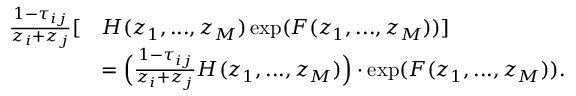
\begin{array} { r l } { \frac { 1 - \tau _ { i j } } { z _ { i } + z _ { j } } [ } & { H ( z _ { 1 } , . . . , z _ { M } ) \exp ( F ( z _ { 1 } , . . . , z _ { M } ) ) ] } \\ & { = \Big ( \frac { 1 - \tau _ { i j } } { z _ { i } + z _ { j } } H ( z _ { 1 } , . . . , z _ { M } ) \Big ) \cdot \exp ( F ( z _ { 1 } , . . . , z _ { M } ) ) . } \end{array}